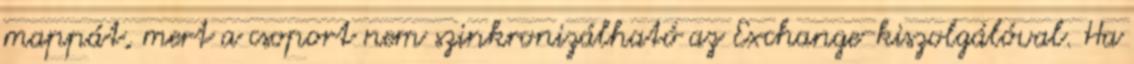
mappát, mert a csoport nem szinkronizálható az Exchange-kiszolgálóval. Ha